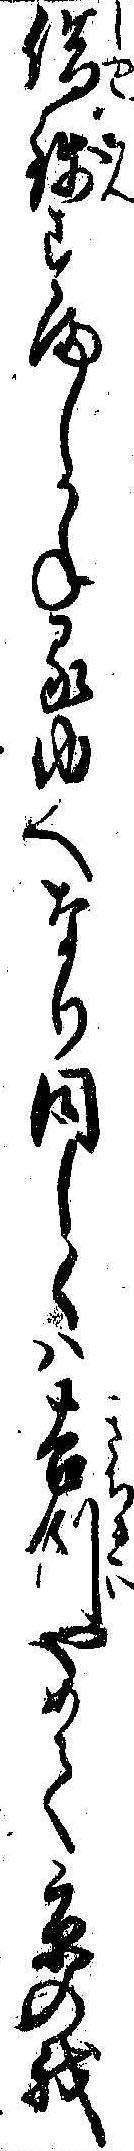
借銭すましかねるゆへなり同しくは吉例やめて京の我